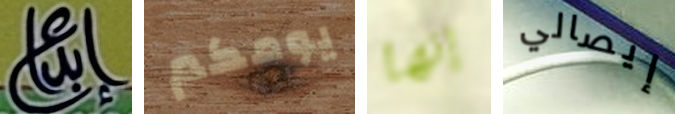
إبداع يومكم إنها إيصالي